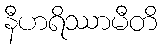
နီဟရိဿာမီတိ